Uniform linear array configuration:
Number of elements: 48
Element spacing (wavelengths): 0.75
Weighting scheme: hann
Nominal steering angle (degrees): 0
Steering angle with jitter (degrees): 0.9786
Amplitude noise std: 0.05
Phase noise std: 0.05

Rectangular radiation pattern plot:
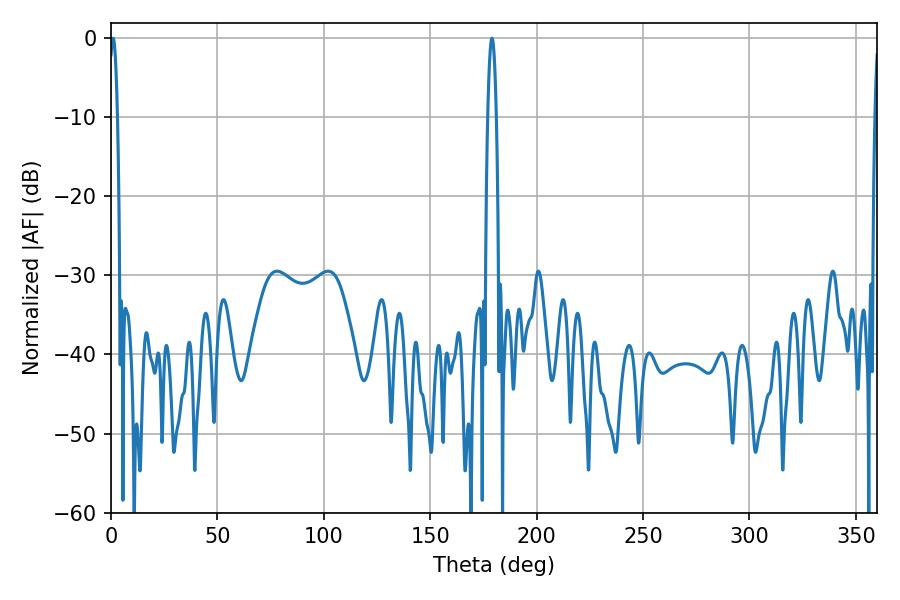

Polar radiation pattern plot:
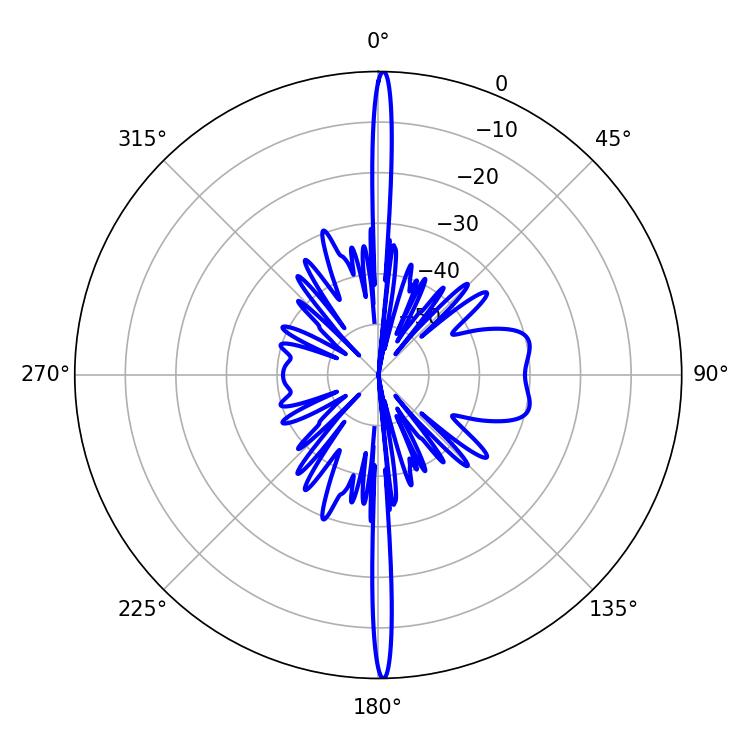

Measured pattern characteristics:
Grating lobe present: TRUE
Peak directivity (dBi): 29.895
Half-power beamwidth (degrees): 1.98
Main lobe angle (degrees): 0.9